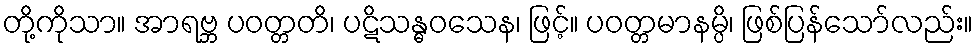
တို့ကိုသာ။ အာရဗ္ဘ ပဝတ္တတိ၊ ပဋိသန္ဓဝသေန၊ ဖြင့်။ ပဝတ္တမာနမ္ပိ၊ ဖြစ်ပြန်သော်လည်း။